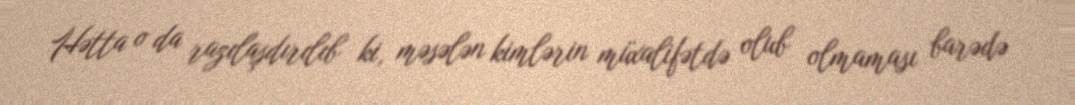
Hətta o da razılaşdırılıb ki, məsələn kimlərin müxalifətdə olub olmaması barədə